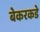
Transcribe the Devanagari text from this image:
बेकरकडे